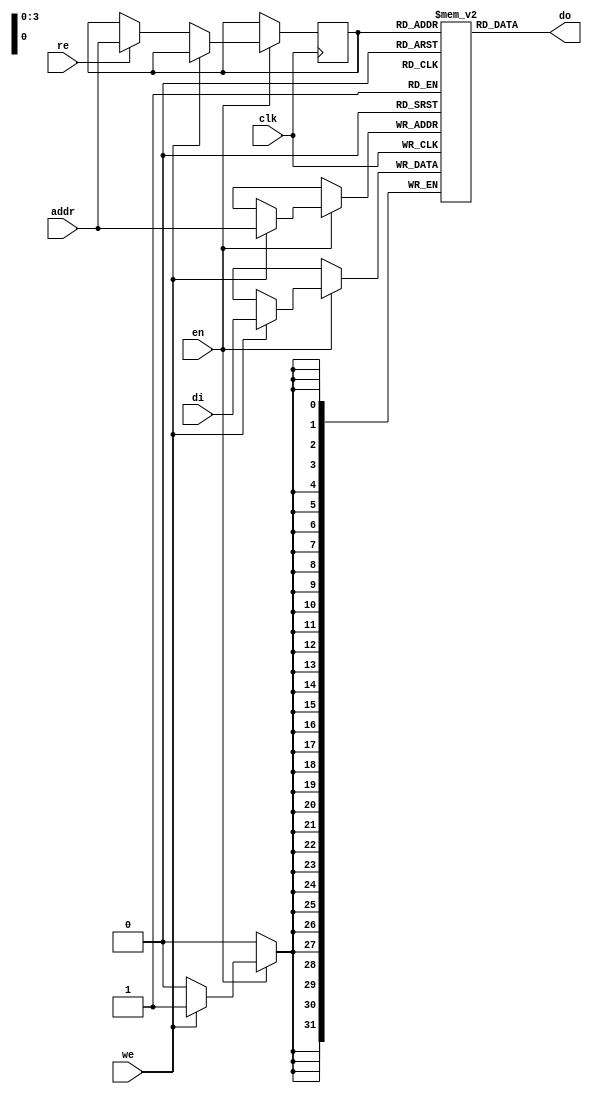
`timescale 1ns / 1ps
//////////////////////////////////////////////////////////////////////////////////
// Company: 
// Engineer: 
// 
// Design Name: 
// Module Name: my_bram
// Project Name: 
// Target Devices: 
// Tool Versions: 
// Description: 
// 
// Dependencies: 
// 
// Revision:
// Revision 0.01 - File Created
// Additional Comments:
// 
//////////////////////////////////////////////////////////////////////////////////


module my_bram(input clk, 
               input en,
               input we, 
               input re,
               input [3:0]addr, 
               input [31:0]di,
               output [31:0]do);
//input clk;
//input we;
//input en;
//input [5:0] addr;
//input [15:0] di;
//output [15:0] do;
reg [31:0] RAM [15:0]; // 32bit RAM x 16 slots= 512 bit(64 Byte) RAM
reg [3:0] read_addr;
always @(posedge clk)begin
    if (en)begin
            if (we)
                RAM[addr] <= di;
            else if (re)
                read_addr <= addr;
    end
end
assign do = RAM[read_addr];
endmodule